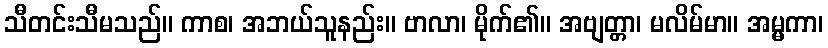
သီတင်းသီမသည်။ ကာစ၊ အဘယ်သူနည်း။ ဗာလာ၊ မိုက်၏။ အဗျတ္တာ၊ မလိမ်မာ။ အမ္မကာ၊